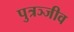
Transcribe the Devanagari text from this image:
पुत्रञ्जीव